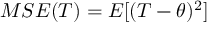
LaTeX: M S E ( T ) = E [ ( T - \theta ) ^ { 2 } ]